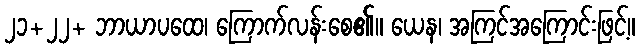
၂၁+၂၂+ ဘာယာပထေ၊ ကြောက်လန်းစေ၏။ ယေန၊ အကြင်အကြောင်းဖြင့်။